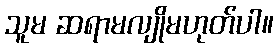
သူမ ဆရာမလျိုမဟုတ်ပါ။